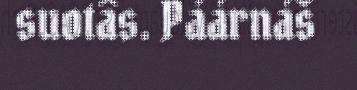
suotâs. Páárnáš